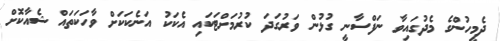
ދެމީހުންގެ މެދުގައިވާ ނަފްސާނީ ގުޅުން ވަރުގަދަ ކުރުމަށްޓަކައި އެކަކު އަނެކަކަށް ވާހަކަތައް ޝެއާކޮށް